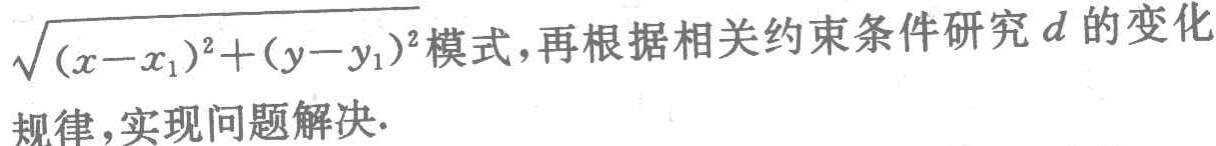
$\sqrt{(x - x_1)^2 + (y - y_1)^2}$模式,再根据相关约束条件研究$d$的变化规律,实现问题解决.